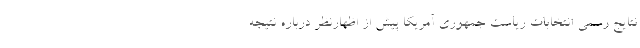
نتایج رسمی انتخابات ریاست جمهوری آمریکا پیش از اظهارنظر درباره نتیجه